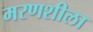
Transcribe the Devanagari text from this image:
मरणशीला